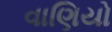
વાણિયો